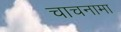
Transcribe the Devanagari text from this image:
चाचनामा